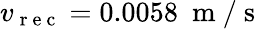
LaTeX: v_{\mathrm{~r~e~c~}}=0.0058~\mathrm{~m~/~s~}